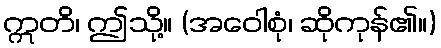
ဣတိ၊ ဤသို့။ (အဝေါစုံ၊ ဆိုကုန်၏။)